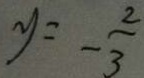
y = - \frac { 2 } { 3 }